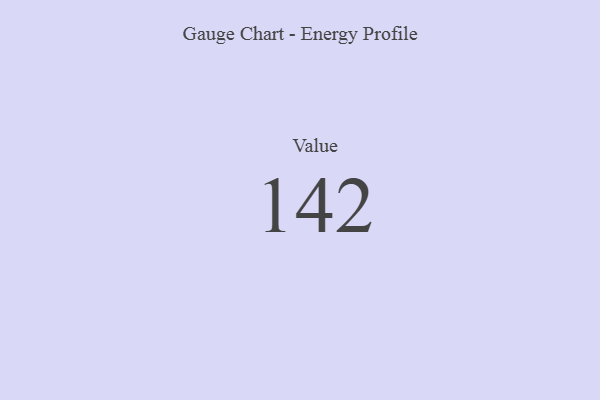
{"axis": {"x": "Metric", "y": "Value"}, "legend": [""], "data": [{"x": "Value", "y": 142, "type": ""}]}